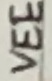
Text: VEE